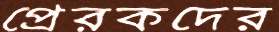
প্রেরকদের